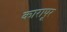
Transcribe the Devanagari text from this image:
कारापूर